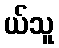
ယ်သူ